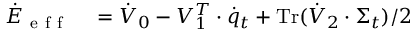
\begin{array} { r l } { \dot { E } _ { \mathrm { ~ e ~ f ~ f ~ } } } & { { } = \dot { V } _ { 0 } - V _ { 1 } ^ { T } \cdot \dot { q } _ { t } + \operatorname { T r } ( \dot { V } _ { 2 } \cdot \Sigma _ { t } ) / 2 } \end{array}